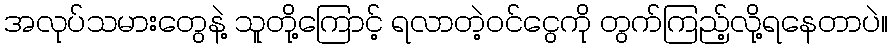
အလုပ်သမားတွေနဲ့ သူတို့ကြောင့် ရလာတဲ့ဝင်ငွေကို တွက်ကြည့်လို့ရနေတာပဲ။